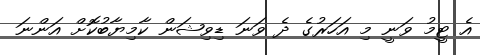
އެ ޓީމު ވަނީ މި އަހަރުގެ ދެ ވަނަ ޑިވިޝަން ކާމިޔާބުކޮށް އަންނަ